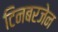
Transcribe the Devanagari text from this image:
टिनबरजेन